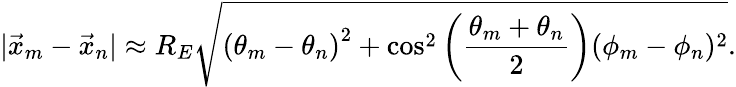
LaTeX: |\vec{x}_{m}-\vec{x}_{n}|\approx R_{E}\sqrt{\left(\theta_{m}-\theta_{n}\right)^{2}+\cos^{2}\left(\frac{\theta_{m}+\theta_{n}}{2}\right)(\phi_{m}-\phi_{n})^{2}}.